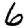
Digit: 6